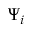
\Psi _ { i }